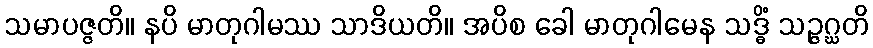
သမာပဇ္ဇတိ။ နပိ မာတုဂါမဿ သာဒိယတိ။ အပိစ ခေါ မာတုဂါမေန သဒ္ဓိံ သဉ္ဇဂ္ဃတိ